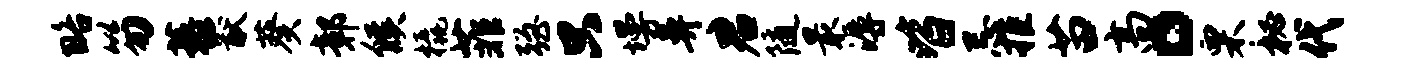
略笏藜猷葵鄣候橇菲强只墁鼻君随最溽皆忌拒苗高。栗秘代